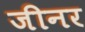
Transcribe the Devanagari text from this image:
जीनर